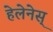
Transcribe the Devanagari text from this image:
हेलेनेस्